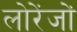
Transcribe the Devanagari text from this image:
लोरेंजों